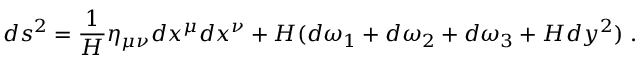
d s ^ { 2 } = \frac { 1 } { H } \eta _ { \mu \nu } d x ^ { \mu } d x ^ { \nu } + H ( d \omega _ { 1 } + d \omega _ { 2 } + d \omega _ { 3 } + H d y ^ { 2 } ) \; .